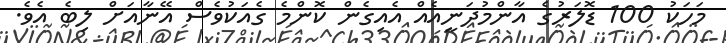
މަހަކު 100 ޑޮލަރުގެ އާންމުދަނީއެއް އެއިގެން ކޮންމެ ގެއަކުވެސް އޭނާއަށް ލިބެ އެވެ.